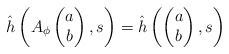
\begin{align*} \hat h\left( A_\phi \begin{pmatrix}a\\b\end{pmatrix}, s\right) = \hat h\left(\begin{pmatrix}a\\b\end{pmatrix}, s\right)\end{align*}